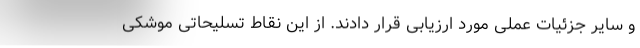
و سایر جزئیات عملی مورد ارزیابی قرار دادند. از این نقاط تسلیحاتی موشکی